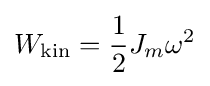
W_{\text{kin}}={\frac {1}{2}}J_{m}\omega ^{2}